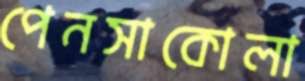
পেনসাকোলা